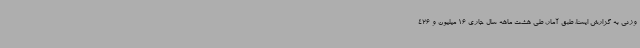
وزنی به گزارش ایسنا، طبق آمار، طی هشت ماهه سال جاری 16 میلیون و 426